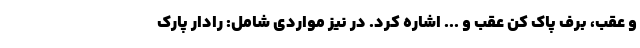
و عقب، برف پاک کن عقب و ... اشاره کرد. در نیز مواردی شامل: رادار پارک